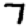
Digit: 7